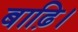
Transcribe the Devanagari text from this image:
बाढ़ि।